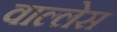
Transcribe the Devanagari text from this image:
वाल्लेस